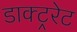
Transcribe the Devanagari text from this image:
डाक्ट्ररेट